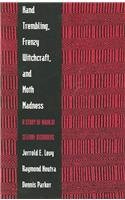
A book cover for Hand Trembling, Frenzy Witchcraft, and Moth Madness: A Study of Navajo Seizure Disorders; Jerrold E. Levy; Health, Fitness & Dieting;